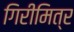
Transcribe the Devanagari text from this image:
गिरीमित्र